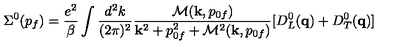
\Sigma ^ { 0 } ( p _ { f } ) = { \frac { e ^ { 2 } } { \beta } } \int { \frac { d ^ { 2 } k } { ( 2 \pi ) ^ { 2 } } } { \frac { { \cal M } ( { \bf k } , p _ { 0 f } ) } { { \bf k } ^ { 2 } + p _ { 0 f } ^ { 2 } + { \cal M } ^ { 2 } ( { \bf k } , p _ { 0 f } ) } } [ D _ { L } ^ { 0 } ( { \bf q } ) + D _ { T } ^ { 0 } ( { \bf q } ) ]